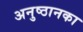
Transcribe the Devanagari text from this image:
अनुष्ठानका